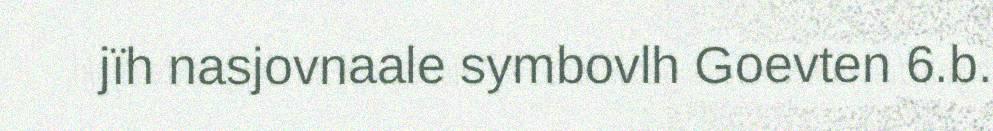
jïh nasjovnaale symbovlh Goevten 6.b.